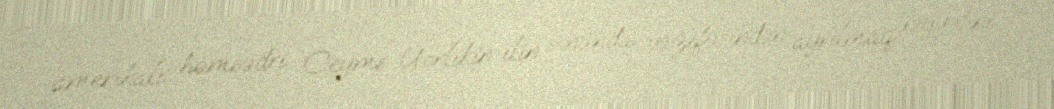
amerikalı həmsədri Ceyms Uorlikin ilin sonunda vəzifəsindən ayrılmaq niyyətini